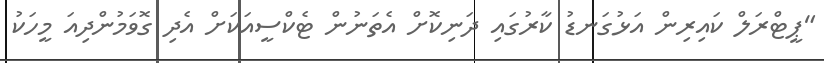
"ޕީޓްރަލް ކައިރިން އަޅުގަނޑު ކާރުގައި ދަނިކޮށް އެތަނުން ޓެކްސީއަކަށް އެދި ގޮވަމުންދިއަ މީހަކު